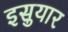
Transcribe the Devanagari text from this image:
इसुयार